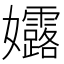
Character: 𮱛